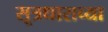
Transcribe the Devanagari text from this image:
सूत्रधाराच्या